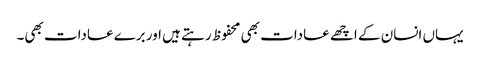
یہاں انسان کے اچھے عادات بھی محفوظ رہتے ہیں اور برے عادات بھی۔